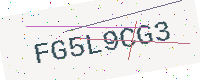
Text: FG5L9CG3